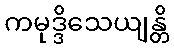
ကမုဒ္ဒိသေယျန္တိ